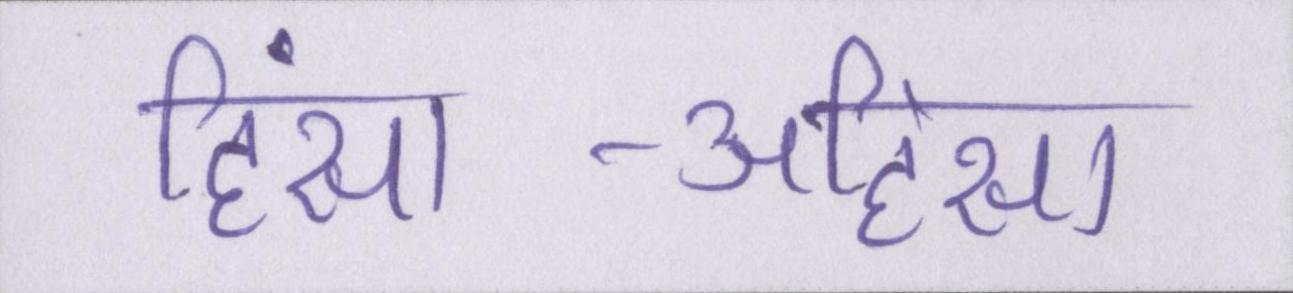
हिंसा-अहिंसा